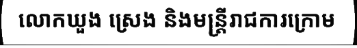
លោកឃួង ស្រេង និងមន្ត្រីរាជការក្រោម